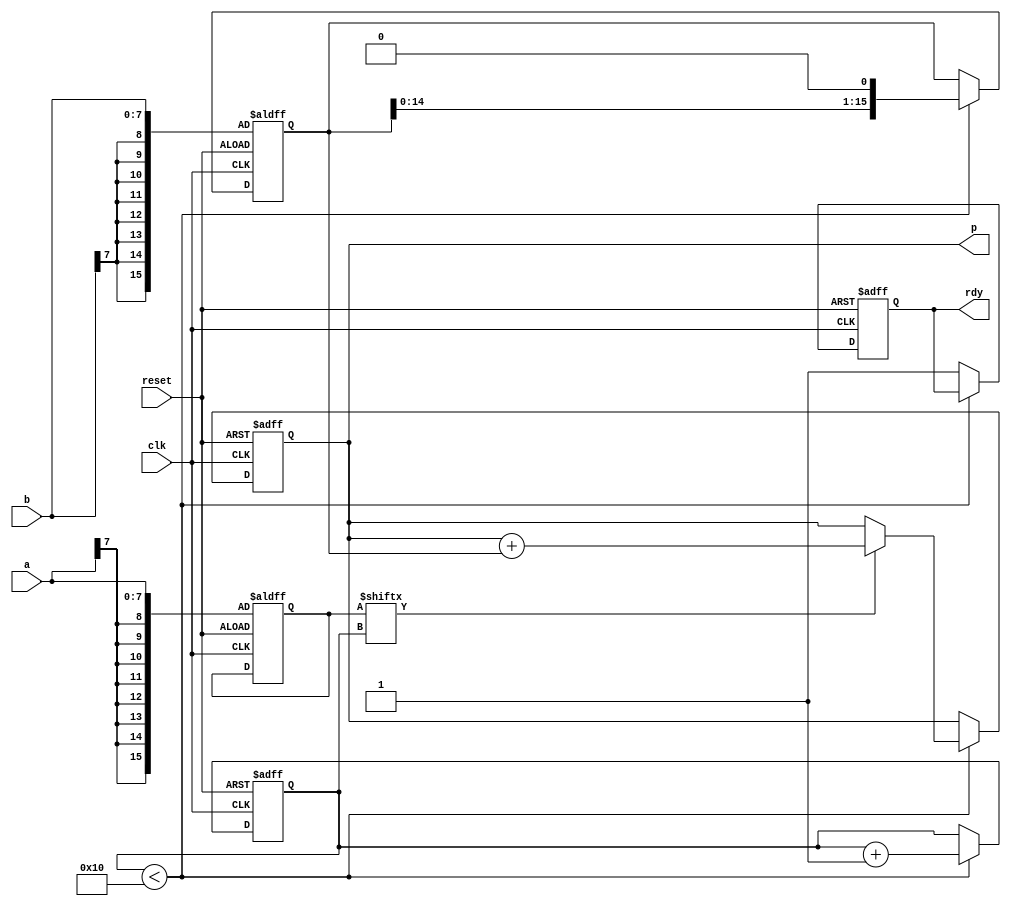
module multi_booth_8bit (p, rdy, clk, reset, a, b);
   input clk, reset;
   input [7:0] a, b;
   output reg [15:0] p;
   output rdy;
   
   wire [15:0] p;
   reg [15:0] multiplier;
   reg [15:0] multiplicand;
   reg rdy;
   reg [4:0] ctr;

always @(posedge clk or posedge reset) begin
    if (reset) 
    begin
    rdy     <= 0;
    p   <= 0;
    ctr     <= 0;
    multiplier <= {{8{a[7]}}, a};
    multiplicand <= {{8{b[7]}}, b};
    end 
    else 
    begin 
      if(ctr < 16) 
          begin
          multiplicand <= multiplicand << 1;
            if (multiplier[ctr] == 1)
            begin
                p <= p + multiplicand;
            end
            ctr <= ctr + 1;
          end
       else 
           begin
           rdy <= 1;
           end
    end
  end //End of always block
    
endmodule